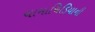
ચામાચિડિયાની